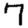
Digit: 7